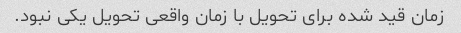
زمان قید شده برای تحویل با زمان واقعی تحویل یکی نبود.